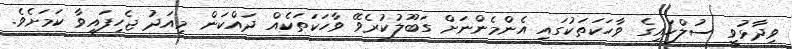
ވިދާޅުވީ ސުލްހައިގެ ވާހަކަތަކުގައި އެންމެންނަށް ގަބޫލުކުރެވޭ ވާހަކަތަކެއް ދައްކަން މިއަދު ޖެހިފައިވާ ކަމަށެވެ.